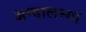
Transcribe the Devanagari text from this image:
अन्दालम्मा